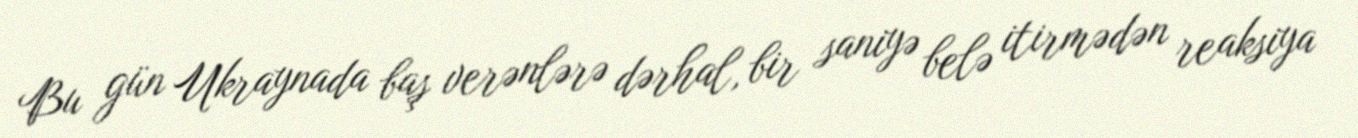
Bu gün Ukraynada baş verənlərə dərhal, bir saniyə belə itirmədən reaksiya